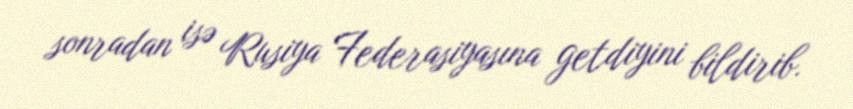
sonradan isə Rusiya Federasiyasına getdiyini bildirib.